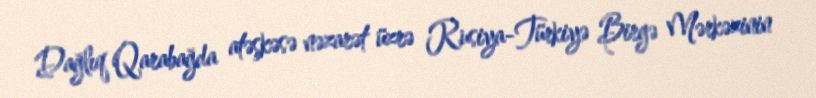
Dağlıq Qarabağda atəşkəsə nəzarət üzrə Rusiya-Türkiyə Birgə Mərkəzinin